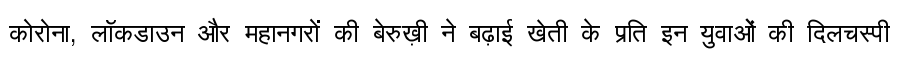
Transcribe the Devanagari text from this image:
कोरोना, लॉकडाउन और महानगरों की बेरुख़ी ने बढ़ाई खेती के प्रति इन युवाओं की दिलचस्पी